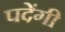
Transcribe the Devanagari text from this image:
पदेंगी